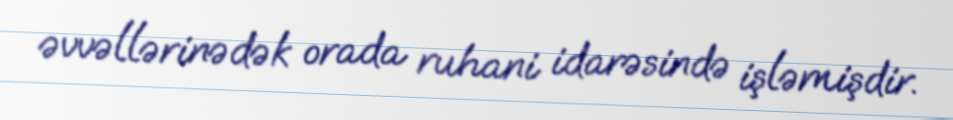
əvvəllərinədək orada ruhani idarəsində işləmişdir.